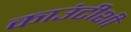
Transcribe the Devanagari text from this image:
काउंटीशी